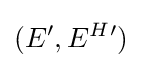
(E',E^{H}{}')